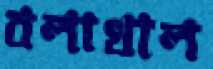
বলাখাল